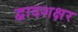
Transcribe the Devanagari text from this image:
द्वादशक्षर